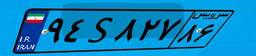
۱۰S۹۴۸۱۷